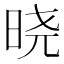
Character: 晓